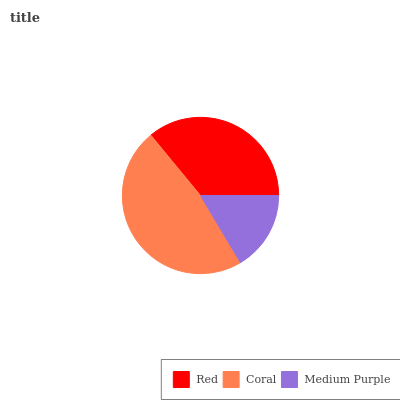
| Red | Coral | Medium Purple |
 | --- | --- | --- |
 | 36% | 47.6% | 16.4% |